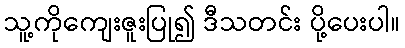
သူ့ကိုကျေးဇူးပြု၍ ဒီသတင်း ပို့ပေးပါ။